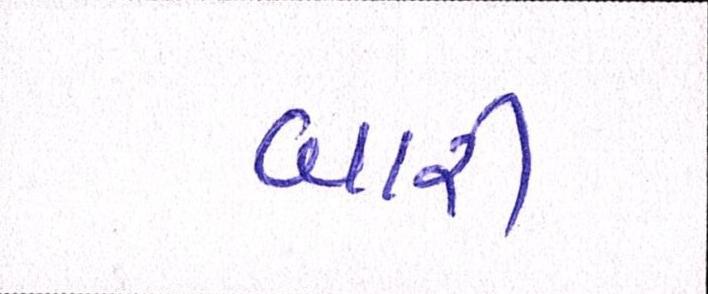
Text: બારી